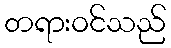
တရားဝင်သည်